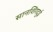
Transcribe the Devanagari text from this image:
सानशिंगदुई